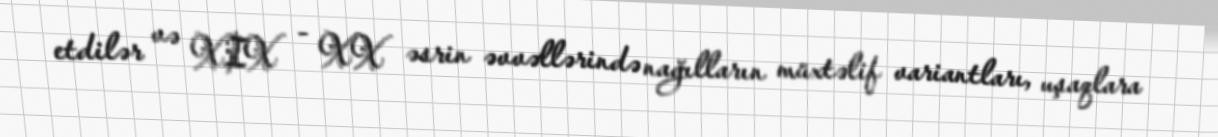
etdilər və XIX - XX əsrin əvvəllərində nağılların müxtəlif variantları, uşaqlara